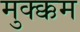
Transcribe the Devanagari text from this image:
मुक्क्कम